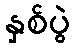
နှစ်ပွဲ